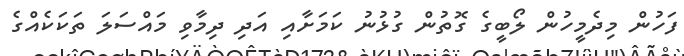
ފަހުން މިދެމީހުން ލޯބީގެ ގޮތުން ގުޅުނު ކަމަށާއި އަދި ދިމާވި މައްސަލަ ތަކަކެއްގެ